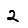
Digit: 2